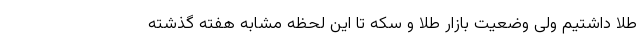
طلا داشتیم ولی وضعیت بازار طلا و سکه تا این لحظه مشابه هفته گذشته